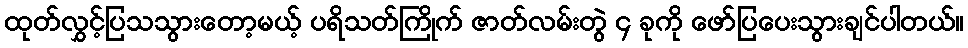
ထုတ်လွှင့်ပြသသွားတော့မယ့် ပရိသတ်ကြိုက် ဇာတ်လမ်းတွဲ ၄ ခုကို ဖော်ပြပေးသွားချင်ပါတယ်။